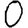
Digit: 0